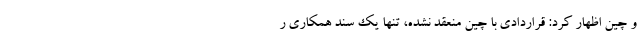
و چین اظهار کرد: قراردادی با چین منعقد نشده، تنها یک سند همکاری ر